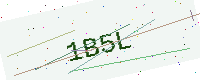
Text: 1B5L